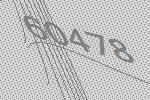
60478